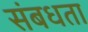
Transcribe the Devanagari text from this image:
संबधता